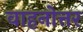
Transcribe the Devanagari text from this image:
वाहनोत्तर